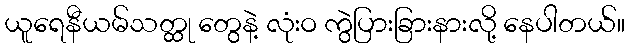
ယူရေနီယမ်သတ္ထု တွေနဲ့ လုံးဝ ကွဲပြားခြားနားလို့ နေပါတယ်။